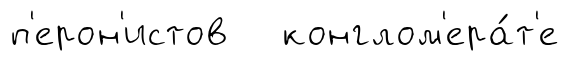
п'ерон'истов конглом'ера́т'е